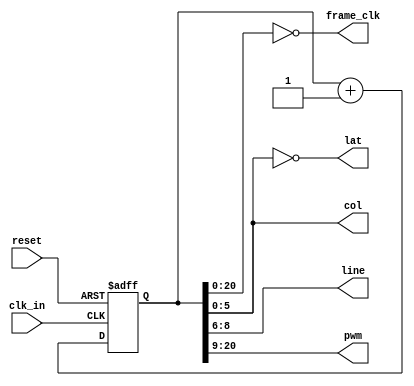
module timing(input wire	 clk_in,
	      input wire 		  reset,

	      output wire [2:0] 	  line, 
	      output wire [5:0] 	  col,
	      output wire 		  lat, 
	      output wire [PWM_WIDTH-1:0] pwm, 
	      output wire 		  frame_clk);

   parameter PWM_WIDTH = 12;

   localparam COL_START = 0;
   localparam COL_WIDTH = 6;
   localparam COL_END = COL_START + COL_WIDTH;
   
   localparam ROW_START = COL_END;
   localparam ROW_WIDTH = 3;
   localparam ROW_END = ROW_START + ROW_WIDTH;

   localparam PWM_START = ROW_END;
   localparam PWM_END = PWM_WIDTH + PWM_START;

   localparam DIRFLAG_START = PWM_END;
   localparam DIRFLAG_END = DIRFLAG_START + 1;

   localparam COUNTER_WIDTH = DIRFLAG_END;
   
   reg [COUNTER_WIDTH-1:0] 		  counter = 0;
   
   always @ (posedge clk_in or posedge reset)
     begin
	if (reset) begin
	   counter <= 0;
	end else begin
	   counter <= counter + 1'd1;
	end
     end
   
   assign col = counter[COL_END-1:COL_START];
   assign line = counter[ROW_END-1:ROW_START];
   wire [PWM_WIDTH-1:0] _pwm;
   assign _pwm = counter[PWM_END-1:PWM_START];
`ifdef USE_ZIGZAG
   // Zigzag pwm avoids having all the LEDs turn on at once, but it
   // adds odd temporal phase effects for dim LEDs
   assign pwm = counter[DIRFLAG_START] ? ~_pwm : _pwm;
`else
   assign pwm = _pwm;
`endif

   // Frame done at the end of a full pwm cycle
   assign frame_clk = (counter[DIRFLAG_START-1:0] == 0);

   // Latch when scanline finishes
   assign lat = (col == 0);
endmodule